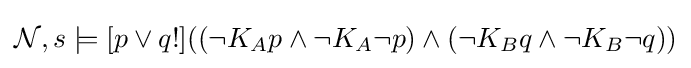
{\mathcal {N}},s\models [p\vee q!]((\neg K_{A}p\land \neg K_{A}\neg p)\land (\neg K_{B}q\land \neg K_{B}\neg q))